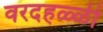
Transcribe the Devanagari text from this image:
वरदहळ्ळी